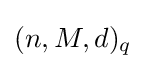
(n,M,d)_{q}